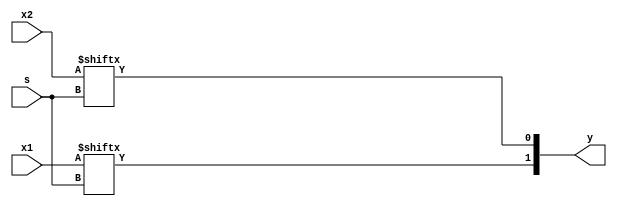
 module mux_8_1_2 (
	input [7:0] x1,
	input [7:0] x2,
	input s,
	output reg [1:0] y);
	
	always @(s)
		y = {x1[s], x2[s]};
		
endmodule